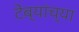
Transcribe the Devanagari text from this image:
टेंब्यांच्या